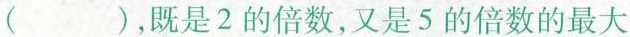
( )，既是2的倍数，又是5的倍数的最大